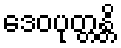
ဒေဝပုတ္တန္တိ